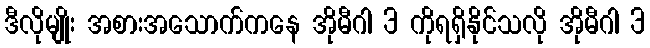
ဒီလိုမျိုး အစားအသောက်ကနေ အိုမီဂါ 3 ကိုရရှိနိုင်သလို အိုမီဂါ 3